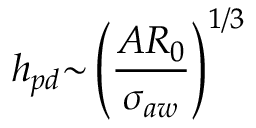
h _ { p d } { \sim } \left( \frac { A R _ { 0 } } { { \sigma } _ { a w } } \right) ^ { 1 / 3 }